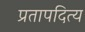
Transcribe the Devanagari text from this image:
प्रतापदित्य